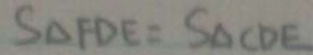
S _ { \Delta F D E } = S _ { \Delta } C D E